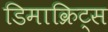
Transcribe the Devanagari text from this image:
डिमाक्रिट्स